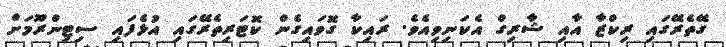
ގޭތެރޭގައި ރިކްޒާ އާއި ޝާރިގް އެކަނިވިއެވެ. ރައިކާ ގޮވައިގެން ކޮޓަރިތެރޭގައި އުޅެފައި ސިޓިންރޫމަށް